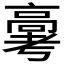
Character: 𬴗